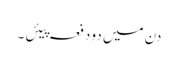
دن میں دو دفعہ پیئں ۔